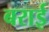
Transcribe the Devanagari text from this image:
बराई